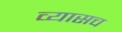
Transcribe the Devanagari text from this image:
व्यासच